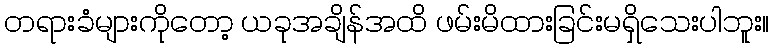
တရားခံများကိုတော့ ယခုအချိန်အထိ ဖမ်းမိထားခြင်းမရှိသေးပါဘူး။